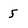
Character: 5